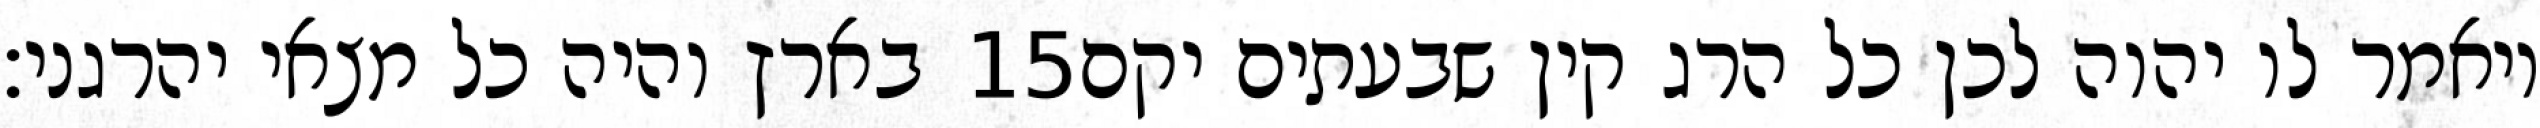
בארץ והיה כל מצאי יהרגני׃ ‎15‏ ויאמר לו יהוה לכן כל הרג קין שבעתים יקם